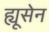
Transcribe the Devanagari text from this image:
ह्यूसेन